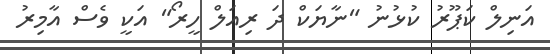
އަނިލް ކަޕޫރު ކުޅުނު "ނާޔަކް ދަ ރިއަލް ހީރޯ" އަކީ ވެސް އާމިރު